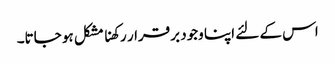
اس کے لئے اپنا وجود برقرار رکھنا مشکل ہو جاتا۔